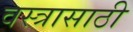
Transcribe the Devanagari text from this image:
वस्त्रासाठी